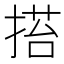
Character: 𢰥